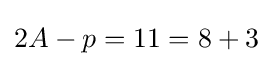
2A-p=11=8+3